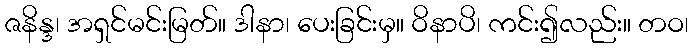
ဇနိန္ဒ၊ အရှင်မင်းမြတ်။ ဒါနာ၊ ပေးခြင်းမှ။ ဝိနာပိ၊ ကင်း၍လည်း။ တဝ၊